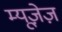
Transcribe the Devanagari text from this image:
म्यूज़ेज़